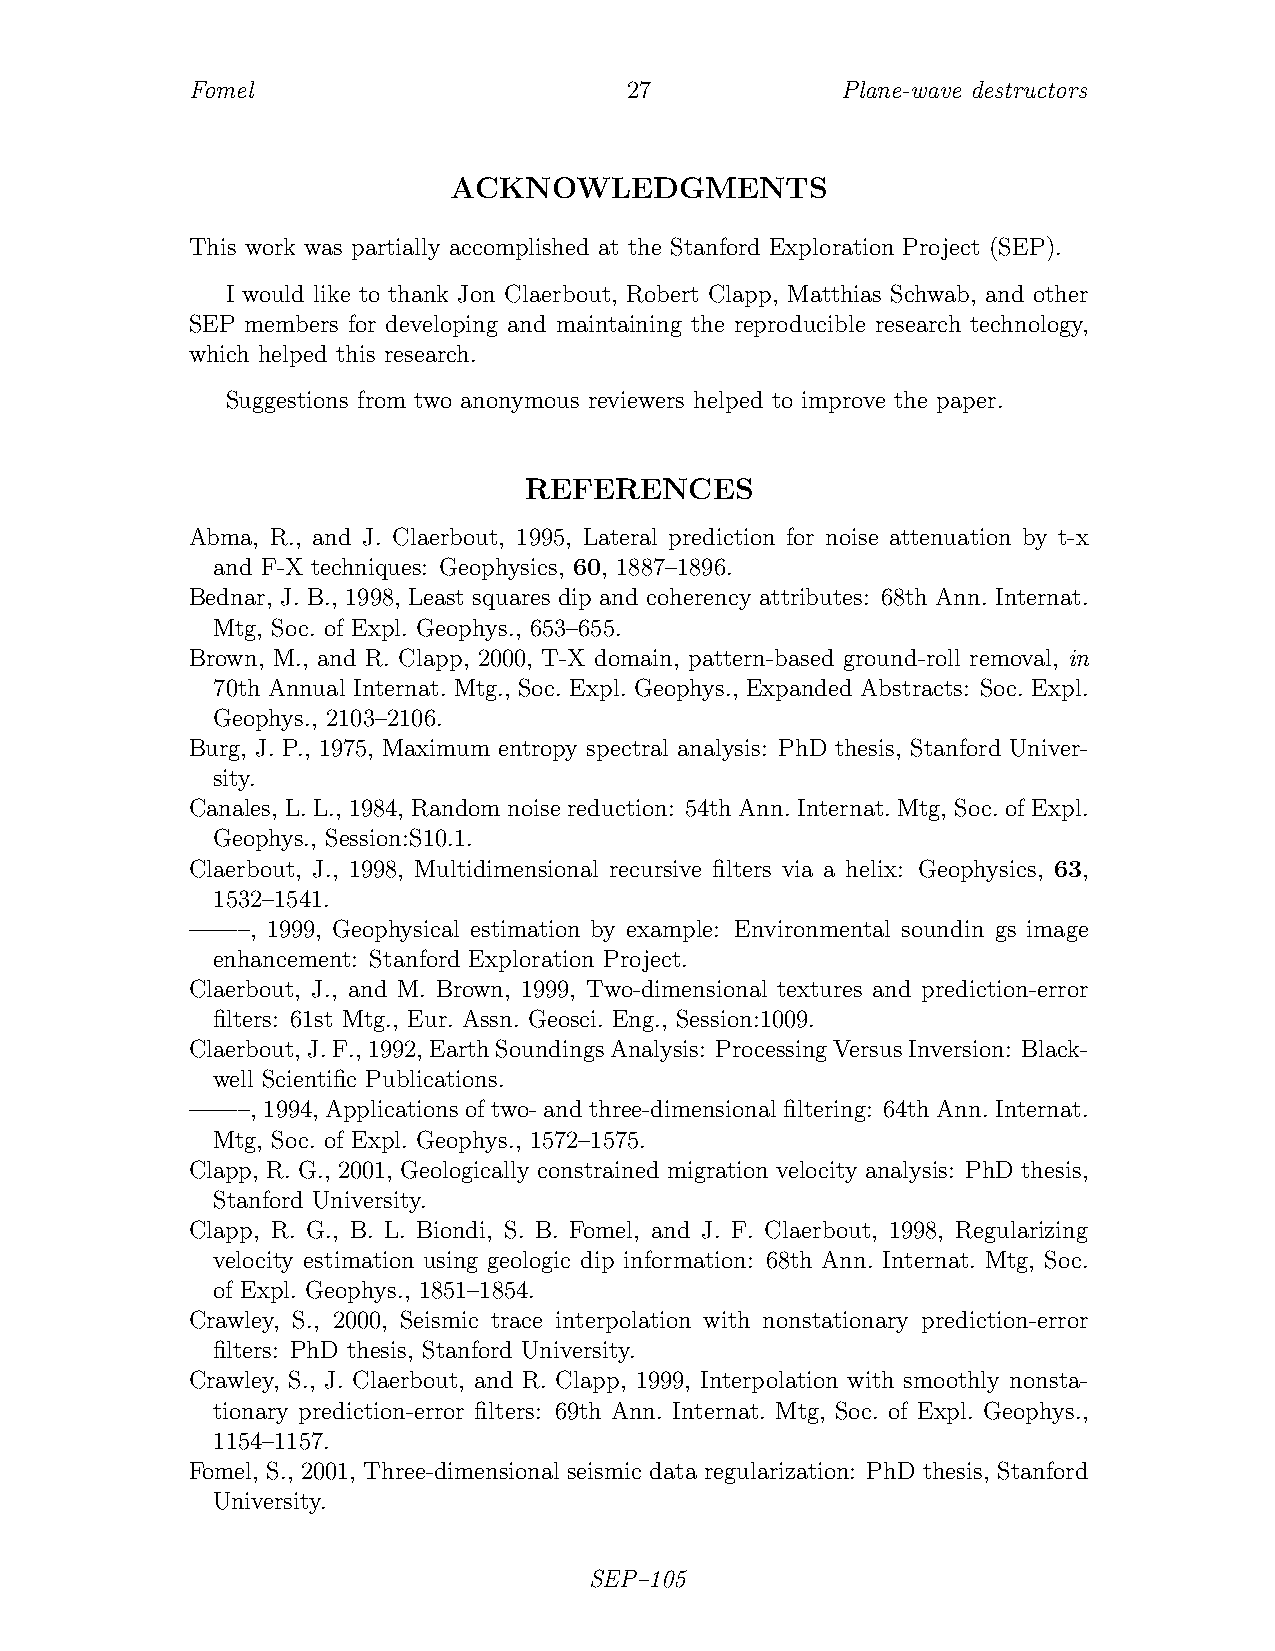
Fomel                       27             Plane-wave destructors
 ACKNOWLEDGMENTS
 This work was partially accomplished at the Stanford Exploration Project (SEP).
 I would like to thank Jon Claerbout, Robert Clapp, Matthias Schwab, and other
 SEP members for developing and maintaining the reproducible research technology,
 which helped this research.
 Suggestions from two anonymous reviewers helped to improve the paper.
 REFERENCES
 Abma, R., and J. Claerbout, 1995, Lateral prediction for noise attenuation by t-x
 and F-X techniques: Geophysics, 60, 1887–1896.
 Bednar, J. B., 1998, Least squares dip and coherency attributes: 68th Ann. Internat.
 Mtg, Soc. of Expl. Geophys., 653–655.
 Brown, M., and R. Clapp, 2000, T-X domain, pattern-based ground-roll removal, in
 70th Annual Internat. Mtg., Soc. Expl. Geophys., Expanded Abstracts: Soc. Expl.
 Geophys., 2103–2106.
 Burg, J. P., 1975, Maximum entropy spectral analysis: PhD thesis, Stanford Univer-
 sity.
 Canales, L. L., 1984, Random noise reduction: 54th Ann. Internat. Mtg, Soc. of Expl.
 Geophys., Session:S10.1.
 Claerbout, J., 1998, Multidimensional recursive filters via a helix: Geophysics, 63,
 1532–1541.
 ——–, 1999, Geophysical estimation by example: Environmental soundin gs image
 enhancement: Stanford Exploration Project.
 Claerbout, J., and M. Brown, 1999, Two-dimensional textures and prediction-error
 filters: 61st Mtg., Eur. Assn. Geosci. Eng., Session:1009.
 Claerbout,J.F.,1992,EarthSoundingsAnalysis: ProcessingVersusInversion: Black-
 well Scientific Publications.
 ——–, 1994, Applications of two- and three-dimensional filtering: 64th Ann. Internat.
 Mtg, Soc. of Expl. Geophys., 1572–1575.
 Clapp, R. G., 2001, Geologically constrained migration velocity analysis: PhD thesis,
 Stanford University.
 Clapp, R. G., B. L. Biondi, S. B. Fomel, and J. F. Claerbout, 1998, Regularizing
 velocity estimation using geologic dip information: 68th Ann. Internat. Mtg, Soc.
 of Expl. Geophys., 1851–1854.
 Crawley, S., 2000, Seismic trace interpolation with nonstationary prediction-error
 filters: PhD thesis, Stanford University.
 Crawley, S., J. Claerbout, and R. Clapp, 1999, Interpolation with smoothly nonsta-
 tionary prediction-error filters: 69th Ann. Internat. Mtg, Soc. of Expl. Geophys.,
 1154–1157.
 Fomel, S., 2001, Three-dimensional seismic data regularization: PhD thesis, Stanford
 University.
 SEP–105